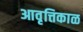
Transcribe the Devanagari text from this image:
आवृत्तिकाळ